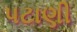
પટાણી